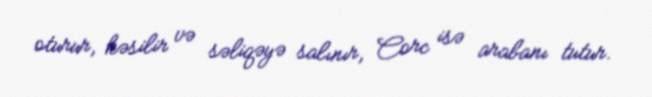
oturur, kəsilir və səliqəyə salınır, Corc isə arabanı tutur.